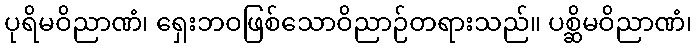
ပုရိမဝိညာဏံ၊ ရှေးဘဝဖြစ်သောဝိညာဉ်တရားသည်။ ပစ္ဆိမဝိညာဏံ၊